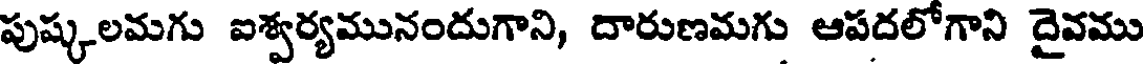
పుష్కలమగు ఐశ్వర్యమునందుగాని, దారుణమగు ఆపదలోగాని దైవము